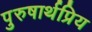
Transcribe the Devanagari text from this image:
पुरुषार्थप्रिय